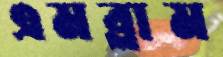
এমব্লাম